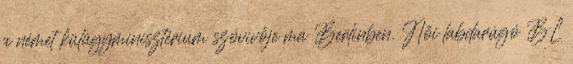
a német külügyminisztérium szóvivője ma Berlinben. Női labdarúgó BL